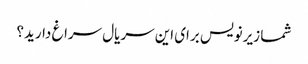
شما زیرنویس برای این سریال سراغ دارید؟